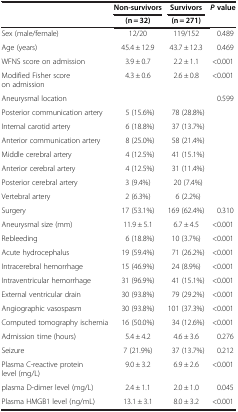
<table><thead><tr><td><b> </b></td><td><b>Non-survivors</b></td><td><b>Survivors</b></td><td><b><i>P</i>value</b></td></tr><tr><td><b> </b></td><td><b>(n = 32)</b></td><td><b>(n = 271)</b></td><td><b> </b></td></tr></thead><tbody><tr><td>Sex (male/female)</td><td>12/20</td><td>119/152</td><td>0.489</td></tr><tr><td>Age (years)</td><td>45.4 ± 12.9</td><td>43.7 ± 12.3</td><td>0.469</td></tr><tr><td>WFNS score on admission</td><td>3.9 ± 0.7</td><td>2.2 ± 1.1</td><td>&lt;0.001</td></tr><tr><td>Modified Fisher score on admission</td><td>4.3 ± 0.6</td><td>2.6 ± 0.8</td><td>&lt;0.001</td></tr><tr><td>Aneurysmal location</td><td> </td><td> </td><td>0.599</td></tr><tr><td>Posterior communication artery</td><td>5 (15.6%)</td><td>78 (28.8%)</td><td> </td></tr><tr><td>Internal carotid artery</td><td>6 (18.8%)</td><td>37 (13.7%)</td><td> </td></tr><tr><td>Anterior communication artery</td><td>8 (25.0%)</td><td>58 (21.4%)</td><td> </td></tr><tr><td>Middle cerebral artery</td><td>4 (12.5%)</td><td>41 (15.1%)</td><td> </td></tr><tr><td>Anterior cerebral artery</td><td>4 (12.5%)</td><td>31 (11.4%)</td><td> </td></tr><tr><td>Posterior cerebral artery</td><td>3 (9.4%)</td><td>20 (7.4%)</td><td> </td></tr><tr><td>Vertebral artery</td><td>2 (6.3%)</td><td>6 (2.2%)</td><td> </td></tr><tr><td>Surgery</td><td>17 (53.1%)</td><td>169 (62.4%)</td><td>0.310</td></tr><tr><td>Aneurysmal size (mm)</td><td>11.9 ± 5.1</td><td>6.7 ± 4.5</td><td>&lt;0.001</td></tr><tr><td>Rebleeding</td><td>6 (18.8%)</td><td>10 (3.7%)</td><td>&lt;0.001</td></tr><tr><td>Acute hydrocephalus</td><td>19 (59.4%)</td><td>71 (26.2%)</td><td>&lt;0.001</td></tr><tr><td>Intracerebral hemorrhage</td><td>15 (46.9%)</td><td>24 (8.9%)</td><td>&lt;0.001</td></tr><tr><td>Intraventricular hemorrhage</td><td>31 (96.9%)</td><td>41 (15.1%)</td><td>&lt;0.001</td></tr><tr><td>External ventricular drain</td><td>30 (93.8%)</td><td>79 (29.2%)</td><td>&lt;0.001</td></tr><tr><td>Angiographic vasospasm</td><td>30 (93.8%)</td><td>101 (37.3%)</td><td>&lt;0.001</td></tr><tr><td>Computed tomography ischemia</td><td>16 (50.0%)</td><td>34 (12.6%)</td><td>&lt;0.001</td></tr><tr><td>Admission time (hours)</td><td>5.4 ± 4.2</td><td>4.6 ± 3.6</td><td>0.276</td></tr><tr><td>Seizure</td><td>7 (21.9%)</td><td>37 (13.7%)</td><td>0.212</td></tr><tr><td>Plasma C-reactive protein level (mg/L)</td><td>9.0 ± 3.2</td><td>6.9 ± 2.6</td><td>&lt;0.001</td></tr><tr><td>plasma D-dimer level (mg/L)</td><td>2.4 ± 1.1</td><td>2.0 ± 1.0</td><td>0.045</td></tr><tr><td>Plasma HMGB1 level (ng/mL)</td><td>13.1 ± 3.1</td><td>8.0 ± 3.2</td><td>&lt;0.001</td></tr></tbody></table>